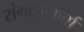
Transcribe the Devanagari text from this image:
संगठनकर्त्ता